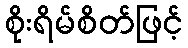
စိုးရိမ်စိတ်ဖြင့်